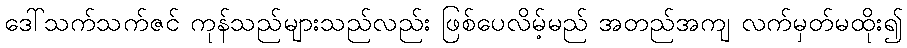
ဒေါ်သက်သက်ဇင် ကုန်သည်များသည်လည်း ဖြစ်ပေလိမ့်မည် အတည်အကျ လက်မှတ်မထိုး၍